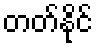
တတ်နိုင်